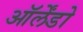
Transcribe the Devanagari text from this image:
ऑर्लेंडो